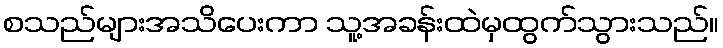
စသည်များအသိပေးကာ သူ့အခန်းထဲမှထွက်သွားသည်။